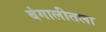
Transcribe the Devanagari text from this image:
बंगालीतला